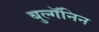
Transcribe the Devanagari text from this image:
बुल्गॅनिन